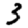
Digit: 3